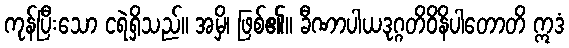
ကုန်ပြီးသော ငရဲရှိသည်။ အမှိ၊ ဖြစ်၏။ ခီဏာပါယဒုဂ္ဂတိဝိနိပါတောတိ ဣဒံ